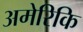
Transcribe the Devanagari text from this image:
अमेरिकि